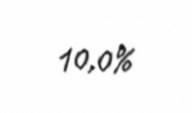
10,0%